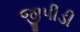
જીપીડી